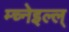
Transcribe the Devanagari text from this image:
म्च्नेइल्ल्